Leprosy in India: report of the Leprosy Commission in India, 1890-91
Year: 1890
Disease focus: Leprosy
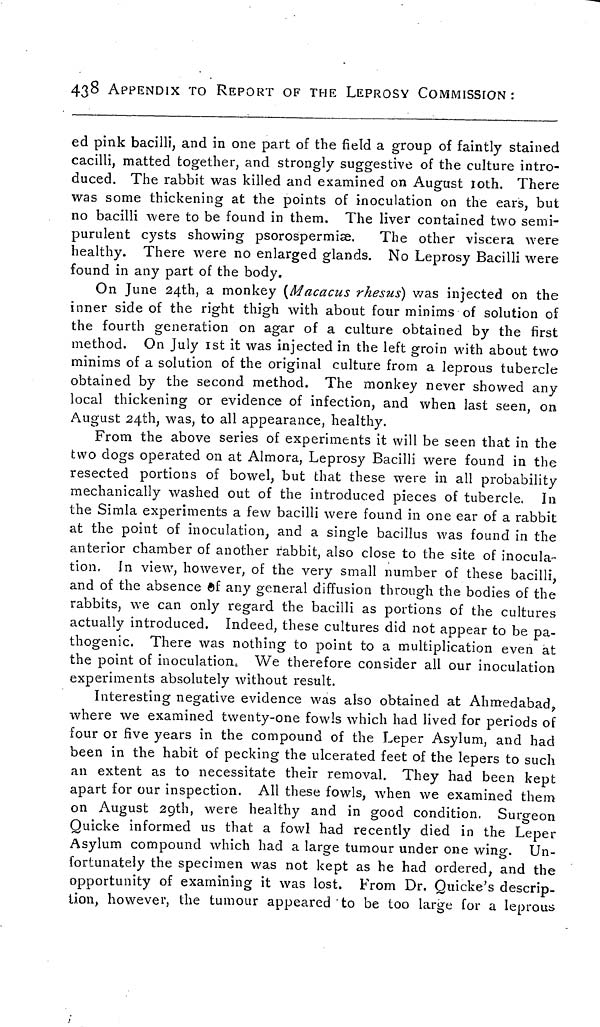
438 APPENDIX TO REPORT OF THE LEPROSY COMMISSION :
ed pink bacilli, and in one part of the field a group of faintly stained
cacilli, matted together, and strongly suggestive of the culture intro-
duced. The rabbit was killed and examined on August 10th. There
was some thickening at the points of inoculation on the ears, but
no bacilli were to be found in them. The liver contained two semi-
purulent cysts showing psorospermise.
The other viscera were
healthy. There were no enlarged glands. No Leprosy Bacilli were
found in any part of the body.
On June 24th, a monkey (Macacus rhesus) was injected on the
inner side of the right thigh with about four minims of solution of
the fourth generation on agar of a culture obtained by the first
method. On July 1st it was injected in the left groin with about two
minims of a solution of the original culture from a leprous tubercle
obtained by the second method. The monkey never showed any
local thickening or evidence of infection, and when last seen, on
August 24th, was, to all appearance, healthy.
From the above series of experiments it will be seen that in the
two dogs operated on at Almora, Leprosy Bacilli were found in the
resected portions of bowel, but that these were in all probability
mechanically washed out of the introduced pieces of tubercle. In
the Simla experiments a few bacilli were found in one ear of a rabbit
at the point of inoculation, and a single bacillus was found in the
anterior chamber of another rabbit, also close to the site of inocula-
tion, In view, however, of the very small number of these bacilli,
and of the absence of any general diffusion through the bodies of the
rabbits, we can only regard the bacilli as portions of the cultures
actually introduced. Indeed, these cultures did not appear to be pa-
thogenic. There was nothing to point to a multiplication even at
the point of inoculation. We therefore consider all our inoculation
experiments absolutely without result.
Interesting negative evidence was also obtained at Ahmedabad,
where we examined twenty-one fowls which had lived for periods of
four or five years in the compound of the Leper Asylum, and had
been in the habit of pecking the ulcerated feet of the lepers to such
an extent as to necessitate their removal. They had been kept
apart for our inspection. All these fowls, when we examined them
on August 2gth, were healthy and in good condition. Surgeon
Quicke informed us that a fowl had recently died in the Leper
Asylum compound which had a large tumour under one wing. Un-
fortunately the specimen was not kept as he had ordered, and the
opportunity of examining it was lost. From Dr. Quicke's descrip-
tion, however, the tumour appeared to be too large for a leprous